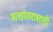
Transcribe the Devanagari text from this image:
सत्तांतरासाठी